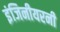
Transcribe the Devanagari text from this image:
इंजिनीयरनी